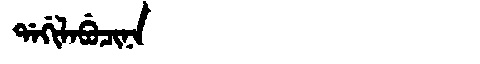
Manchu: ᡩᠠᡤᡳᠯᠠᠪᡠᠴᡳᠨᠠ
Romanization: DAGILABUCINA